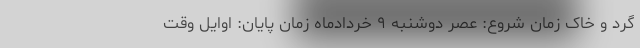
گرد و خاک زمان شروع: عصر دوشنبه ۹ خردادماه زمان پایان: اوایل وقت